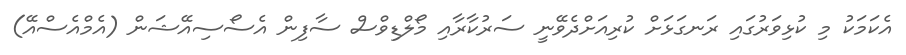
އެކަމަކު މި ކުޅިވަރުގައި ރަނގަޅަށް ކުރިއަށްދެވޭނީ ސަރުކާރާއި މޯލްޑިވްސް ސާފިން އެސޯސިއޭޝަން (އެމްއެސްއޭ)